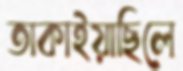
তাকাইয়াছিলে